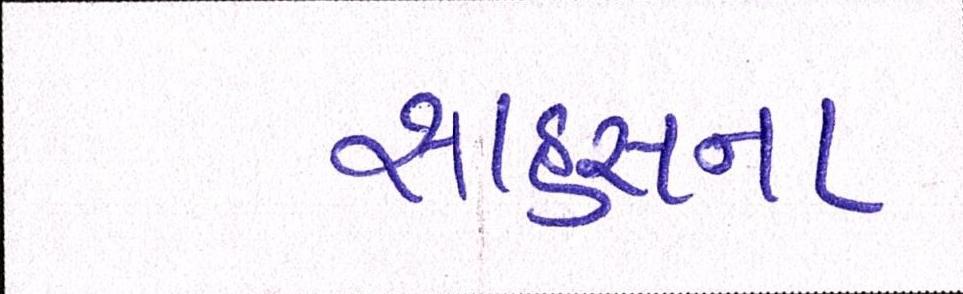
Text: સાહસના